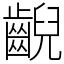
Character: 齯